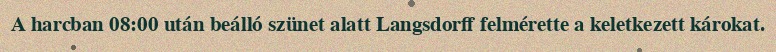
A harcban 08:00 után beálló szünet alatt Langsdorff felmérette a keletkezett károkat.